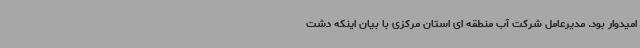
امیدوار بود. مدیرعامل شرکت آب منطقه ای استان مرکزی با بیان اینکه دشت